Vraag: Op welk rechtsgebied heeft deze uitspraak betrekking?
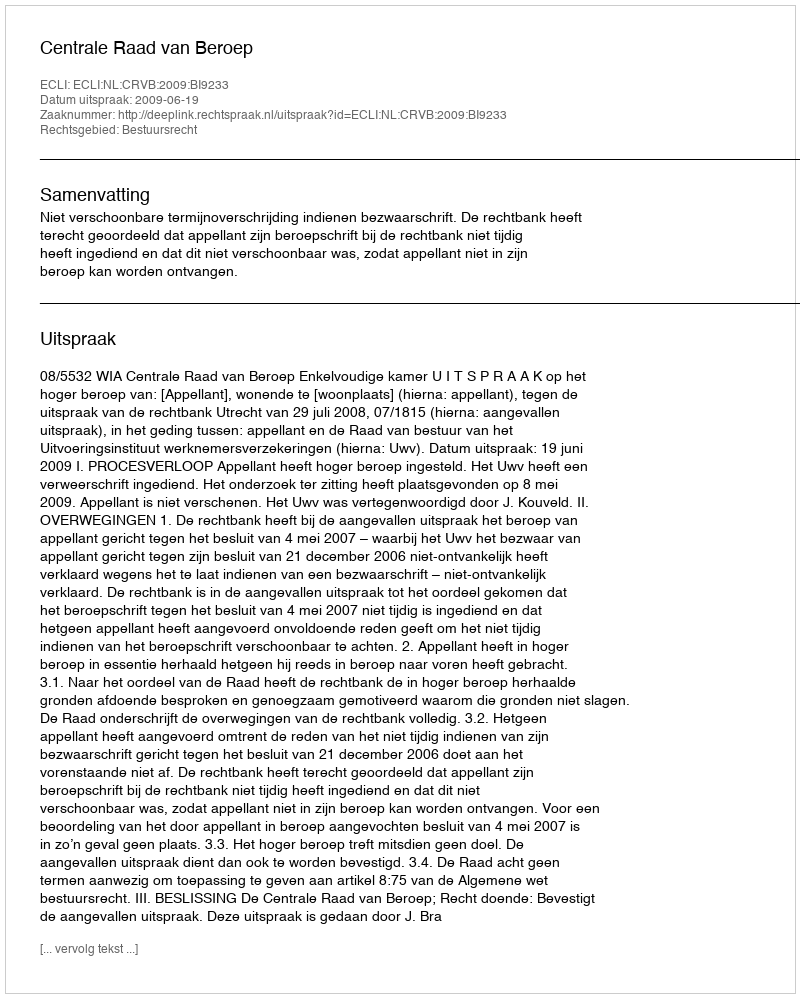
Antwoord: Bestuursrecht